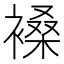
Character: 褬